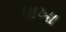
ધાખા